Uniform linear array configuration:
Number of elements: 12
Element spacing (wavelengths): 0.75
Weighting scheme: cosine
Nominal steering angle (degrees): -45
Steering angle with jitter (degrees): -43.348
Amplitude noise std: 0.05
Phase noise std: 0.05

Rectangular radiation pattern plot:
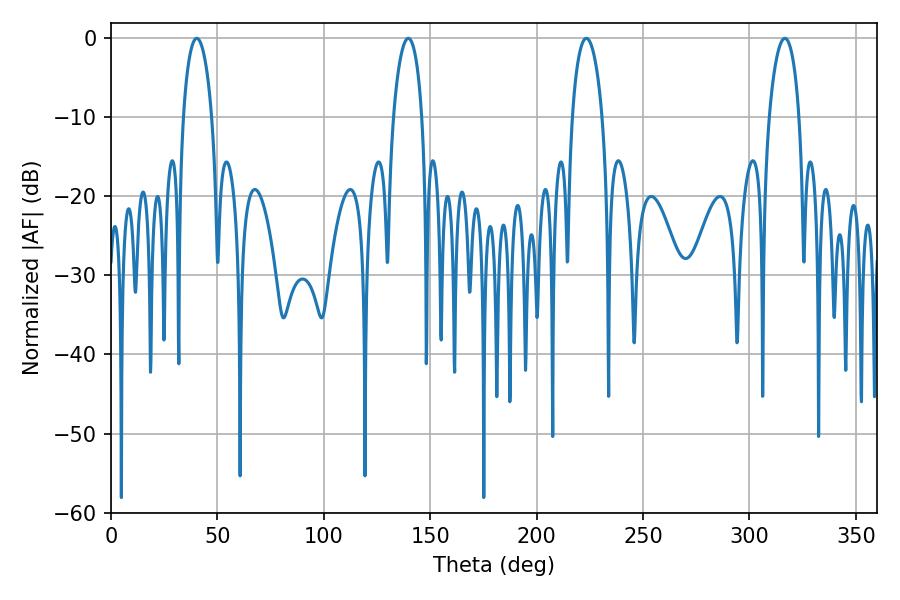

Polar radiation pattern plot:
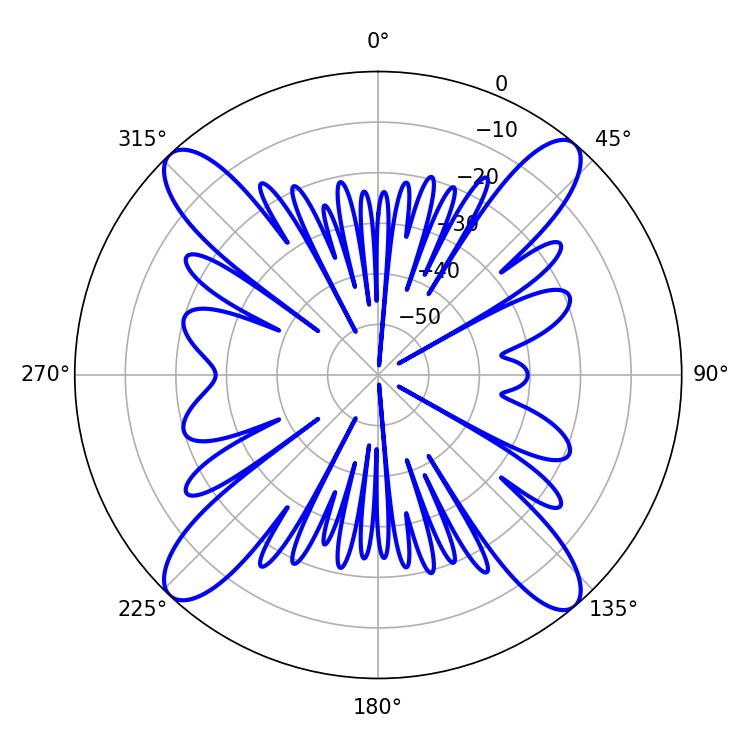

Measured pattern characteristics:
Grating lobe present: TRUE
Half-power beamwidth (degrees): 7.74
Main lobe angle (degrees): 40.32